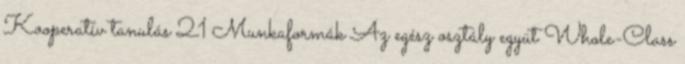
Kooperatív tanulás 21 Munkaformák Az egész osztály együt Whole-Class